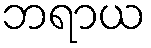
ဘရာယ